Lock hospitals Punjab
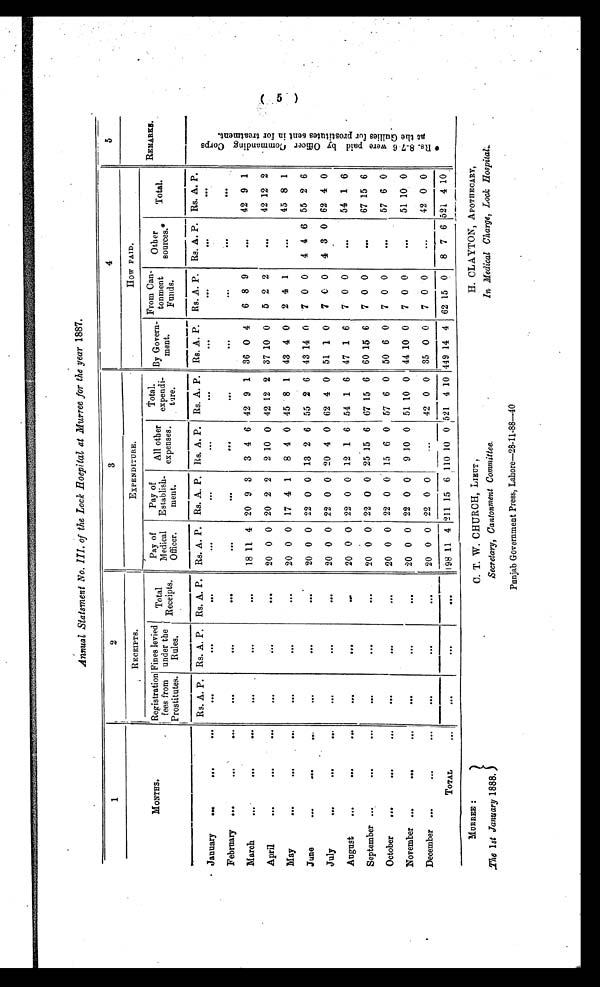
Annual Statsment No. III. of the Lock Hospital at Murree for the year 1887.
1
2
3
4
5
RECEIPTS.
EXPENDITURE.
H O W
P A I D .
REMARKS.
MONTHS.
Registration
fees from
P r o s t i t u t e s
Fines levied
under
the Rules.
Total
Receipts.
Pay of
Medical
O f f i c e r .
Pay of
Establish-
ment.
All other
expenses.
Total.
expendi-
ture .
By Govern-
ment.
From Can-
tonment
Funds.
Other
sources.*
Total.
Rs. A. P. Rs. A. P. Rs. A. P. Rs. A. P. Rs. A. P. Rs. A. P. Rs. A. P. Rs. A. P. Rs. A. P. Rs. A. P. Rs. A. P.
* R s . 8 - 7 6 w e r e p a i d b y O f f i c e r C o m m a n d i n g C o r p s
a t t h e G u l l i e s f o r p r o s t i t u t e s s e n t i n f o r t r e a t m e n t .
January
...
...
. . . .
. . .
. . .
. . .
. . .
. . .
. . .
. . . .
. . .
. . .
. . .
...
February
...
...
. . .
. . .
. . .
. . .
. . .
. . .
. . .
. . .
. . .
. . .
. . .
. . .
March
. . .
...
. . . ...
. . .
. . .
1 8
11 4 20 9 3 3 4 6 42 9 1 36 0 4
6 8 9
. . . 42 9 1
April
. . .
. . .
...
. . .
. . .
. . .
20 0 0 20 2 2 2 10 0 42 12 2 37 10 0
5 2 2
. . . 42 12 2
May
. . .
. . .
. . . ...
...
. . .
20 0 0 17 4 1
8 4 0 45 8 1 43 4 0
2 4 1
. . . 45 8 1
June
. . .
. . .
. . .
. . .
...
. . .
20 0 0 22 0 0 13 2 6 55 2 6 43 14 0
7 0 0 4 4 6 55 2 6
July
. . .
. . .
. . .
...
. . .
. . .
20 0 0 22 0 0 20 4 0 62 4 0 51
1 0
7
0 0 4 3 0 62 4 0
August
. . .
. . .
. . .
. . .
. . .
. . .
20 0 0 22 0 0 12 1 6 54 1 6 47 1 6
7 0 0
...
54 1 6
September
. . .
. . .
. . .
. . .
...
20 0 0 22 0 0 25 15 6 67 15 6 60 15 6
7 0 0
. . . 67 15 6
October
...
. . .
. . .
. . .
. . .
...
20 0 0 22 0 0 15 6 0 57 6 0 50 6 0 7 0 0
. . . 57 6 0
November
. . .
. . .
. . .
...
. . .
. . .
20 0 0 22 0 0 9 10 0 51 10 0 44 10 0 7 0 0
. . . 51 10 0
December ...
. . .
. . .
. . .
...
. . .
20 0 0 22 0 0
...
42 0 0 35 0 0
7 0 0
. . . 42 0 0
TOTAL
. . . ...
...
. . .
198 11 4 211 15 6 110 10 0 521 4 10 449 14 4 62 15 0
8 7 6 521 4 10
MURREE :
C. T. W. CHURCH, LIEUT,
H. CLAYTON, APOTHECARY,
The 1st January 1888.
Secretary, Cantonment Committee.
In Medical Charge, Lock Hospital.
Punjab Government Press, Lahore—28-11-88—40
0l